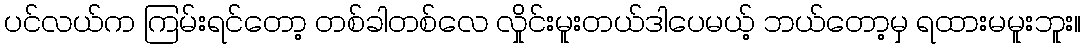
ပင်လယ်က ကြမ်းရင်တော့ တစ်ခါတစ်လေ လှိုင်းမူးတယ်ဒါပေမယ့် ဘယ်တော့မှ ရထားမမူးဘူး။